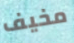
مخيف